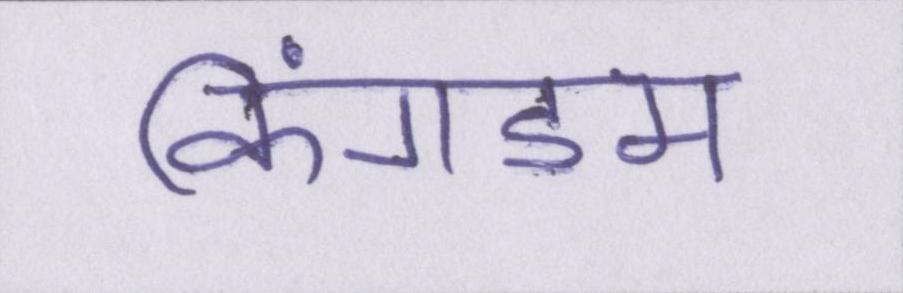
किंगडम